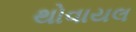
થોવાયલ